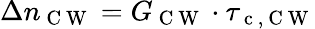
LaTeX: \Delta n_{\mathrm{~C~W~}}=G_{\mathrm{~C~W~}}\cdot\tau_{\mathrm{~c~,~C~W~}}